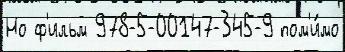
Но ф'ильм 978-5-00147-345-9 пом'и́мо